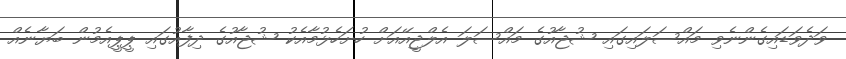
ވަދެވަޑައިގެންނެވި މައްސަލައިގައި ޝުޖާއުގެ މައްސަލަ އެލްޖީއޭއަށް ހުށަހެޅުމާއެކު ޝުޖާއުގެ ދިފާއުގައި ޕީޕީއެމުން ބަޔާނެއް